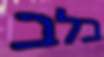
בלב